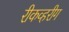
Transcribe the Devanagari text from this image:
रीकव्हरीग